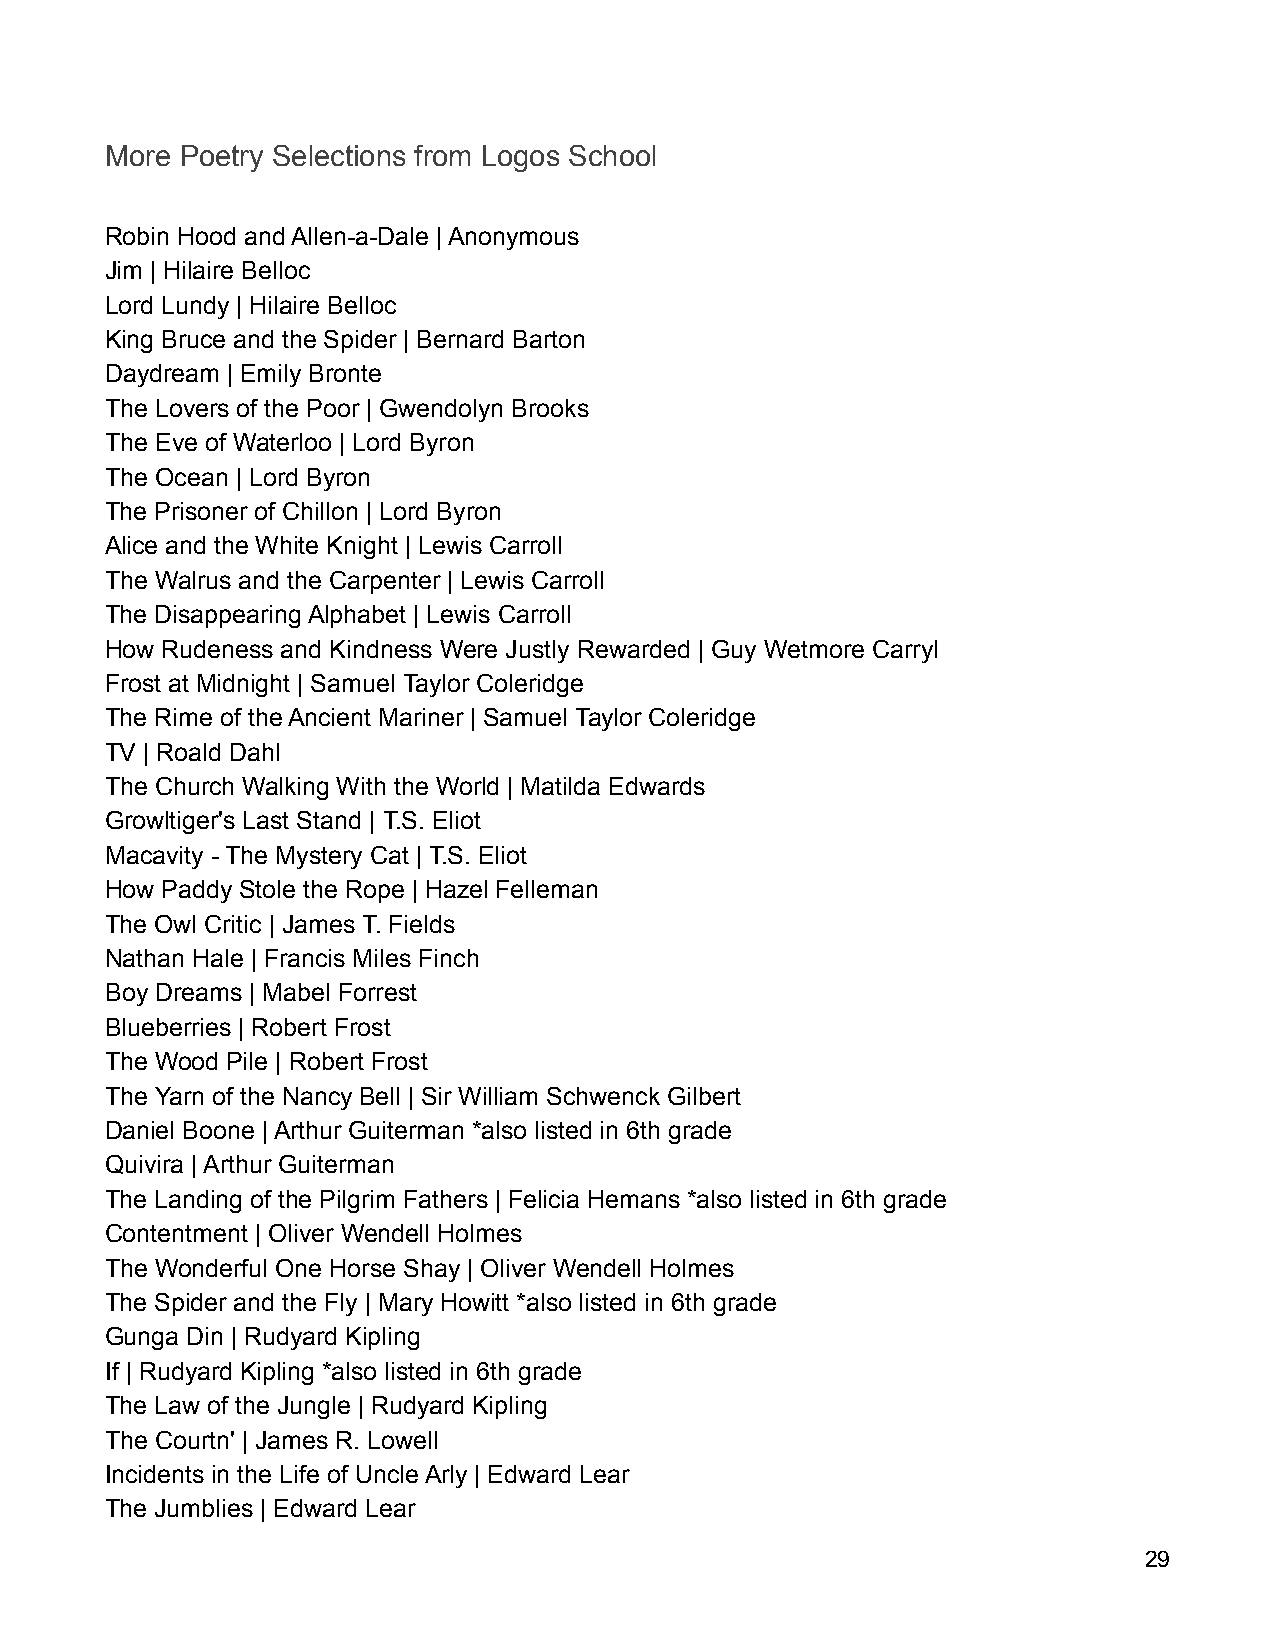
More Poetry Selections from Logos School
 Robin Hood and Allen-a-Dale | Anonymous
 Jim | Hilaire Belloc
 Lord Lundy | Hilaire Belloc
 King Bruce and the Spider | Bernard Barton
 Daydream | Emily Bronte
 The Lovers of the Poor | Gwendolyn Brooks
 The Eve of Waterloo | Lord Byron
 The Ocean | Lord Byron
 The Prisoner of Chillon | Lord Byron
 Alice and the White Knight | Lewis Carroll
 The Walrus and the Carpenter | Lewis Carroll
 The Disappearing Alphabet | Lewis Carroll
 How Rudeness and Kindness Were Justly Rewarded | Guy Wetmore Carryl
 Frost at Midnight | Samuel Taylor Coleridge
 The Rime of the Ancient Mariner | Samuel Taylor Coleridge
 TV | Roald Dahl
 The Church Walking With the World | Matilda Edwards
 Growltiger's Last Stand | T.S. Eliot
 Macavity - The Mystery Cat | T.S. Eliot
 How Paddy Stole the Rope | Hazel Felleman
 The Owl Critic | James T. Fields
 Nathan Hale | Francis Miles Finch
 Boy Dreams | Mabel Forrest
 Blueberries | Robert Frost
 The Wood Pile | Robert Frost
 The Yarn of the Nancy Bell | Sir William Schwenck Gilbert
 Daniel Boone | Arthur Guiterman *also listed in 6th grade
 Quivira | Arthur Guiterman
 The Landing of the Pilgrim Fathers | Felicia Hemans *also listed in 6th grade
 Contentment | Oliver Wendell Holmes
 The Wonderful One Horse Shay | Oliver Wendell Holmes
 The Spider and the Fly | Mary Howitt *also listed in 6th grade
 Gunga Din | Rudyard Kipling
 If | Rudyard Kipling *also listed in 6th grade
 The Law of the Jungle | Rudyard Kipling
 The Courtn' | James R. Lowell
 Incidents in the Life of Uncle Arly | Edward Lear
 The Jumblies | Edward Lear
 29